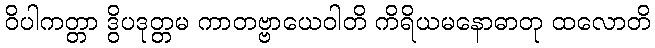
ဝိပါကတ္တာ ဒွိပဒုတ္တမ ကာတဗ္ဗာယေဝါတိ ကိရိယမနောဓာတု ထလောတိ